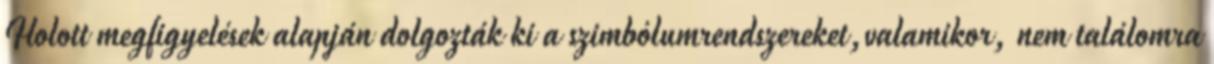
Holott megfigyelések alapján dolgozták ki a szimbólumrendszereket,valamikor, nem találomra